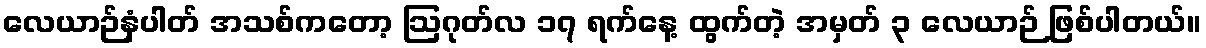
လေယာဉ်နံပါတ် အသစ်ကတော့ ဩဂုတ်လ ၁၇ ရက်နေ့ ထွက်တဲ့ အမှတ် ၃ လေယာဉ် ဖြစ်ပါတယ်။